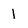
Character: 1